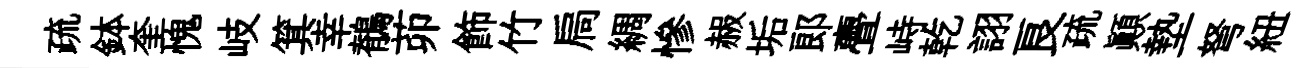
疏鉢奎愧岐箕幸鶺茆飾竹扃綢慘赧垢郞亹峙乾詡良疏顚墊弩紐